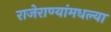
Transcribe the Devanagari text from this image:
राजेराण्यांमधल्या